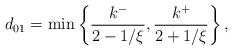
LaTeX: \begin{align*}d_{01}= \min \left\{\frac{k^-}{2-1/\xi}, \frac{k^+}{2+1/\xi}\right\},\end{align*}